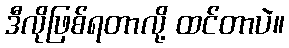
ဒီလိုဖြစ်ရတာလို့ ထင်တာပဲ။